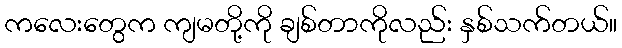
ကလေးတွေက ကျမတို့ကို ချစ်တာကိုလည်း နှစ်သက်တယ်။